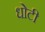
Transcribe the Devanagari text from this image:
धोटी